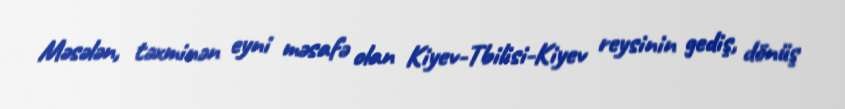
Məsələn, təxminən eyni məsafə olan Kiyev-Tbilisi-Kiyev reysinin gediş, dönüş